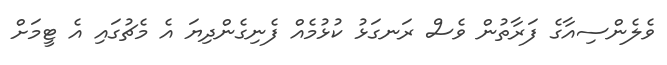
ވެލެންސިއާގެ ފަރާތުން ވެސް ރަނގަޅު ކުޅުމެއް ފެނިގެންދިޔަ އެ މެޗުގައި އެ ޓީމަށް